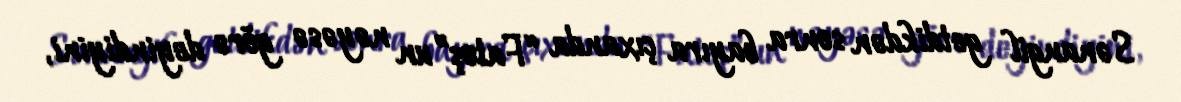
Sənangil getdikdən sonra bayıra çıxanda “Fatoş”un nəyəsə görə deyindiyini,